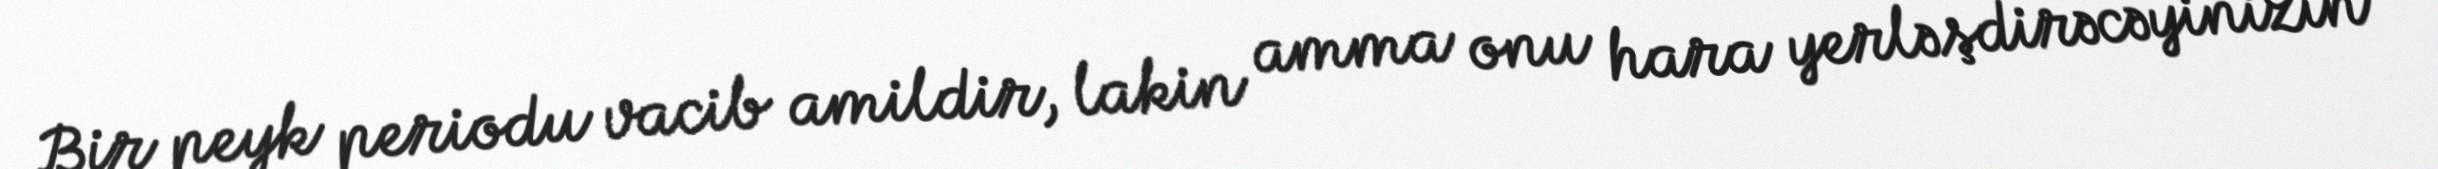
Bir peyk periodu vacib amildir, lakin amma onu hara yerləşdirəcəyinizin